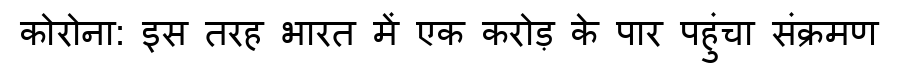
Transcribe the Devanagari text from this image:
कोरोना: इस तरह भारत में एक करोड़ के पार पहुंचा संक्रमण